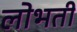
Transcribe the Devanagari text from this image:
लोभती